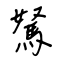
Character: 駑